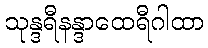
သုန္ဒရီနန္ဒာထေရီဂါထာ